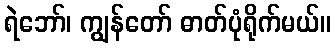
ရဲဘော်၊ ကျွန်တော် ဓာတ်ပုံရိုက်မယ်။